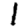
Digit: 1